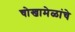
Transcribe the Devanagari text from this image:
चोखामेळांचे